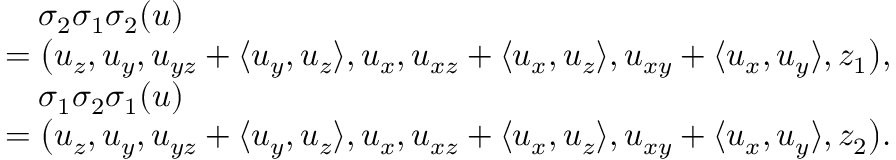
\begin{array} { r l } & { \quad \sigma _ { 2 } \sigma _ { 1 } \sigma _ { 2 } ( u ) } \\ & { = \big ( u _ { z } , u _ { y } , u _ { y z } + \langle u _ { y } , u _ { z } \rangle , u _ { x } , u _ { x z } + \langle u _ { x } , u _ { z } \rangle , u _ { x y } + \langle u _ { x } , u _ { y } \rangle , z _ { 1 } \big ) , } \\ & { \quad \sigma _ { 1 } \sigma _ { 2 } \sigma _ { 1 } ( u ) } \\ & { = \big ( u _ { z } , u _ { y } , u _ { y z } + \langle u _ { y } , u _ { z } \rangle , u _ { x } , u _ { x z } + \langle u _ { x } , u _ { z } \rangle , u _ { x y } + \langle u _ { x } , u _ { y } \rangle , z _ { 2 } \big ) . } \end{array}